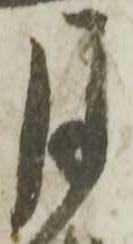
月